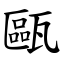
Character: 甌